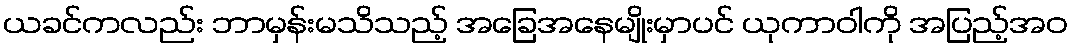
ယခင်ကလည်း ဘာမှန်းမသိသည့် အခြေအနေမျိုးမှာပင် ယုကာဝါကို အပြည့်အဝ